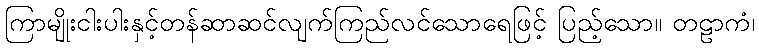
ကြာမျိုးငါးပါးနှင့်တန်ဆာဆင်လျက်ကြည်လင်သောရေဖြင့် ပြည့်သော။ တဠာကံ၊